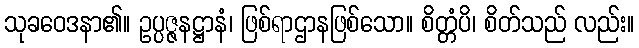
သုခဝေဒနာ၏။ ဥပ္ပဇ္ဇနဋ္ဌာနံ၊ ဖြစ်ရာဌာနဖြစ်သော။ စိတ္တံပိ၊ စိတ်သည် လည်း။